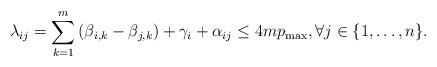
LaTeX: \begin{align*} \lambda_{ij} = \sum_{k=1}^m \left(\beta_{i,k}-\beta_{j,k}\right) + \gamma_i + \alpha_{ij} \leq 4mp_{\max},\forall j\in\{1,\ldots,n\}. \end{align*}